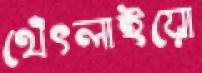
থেঁৎলাইয়ো